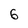
Character: 6